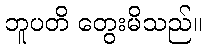
ဘူပတိ တွေးမိသည်။